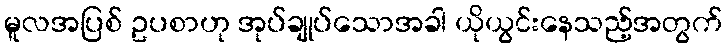
မူလအပြစ် ဥပစာဟု အုပ်ချုပ်သောအခါ ယိုယွင်းနေသည့်အတွက်